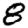
Digit: 8